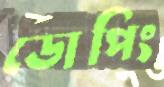
ডোপিং